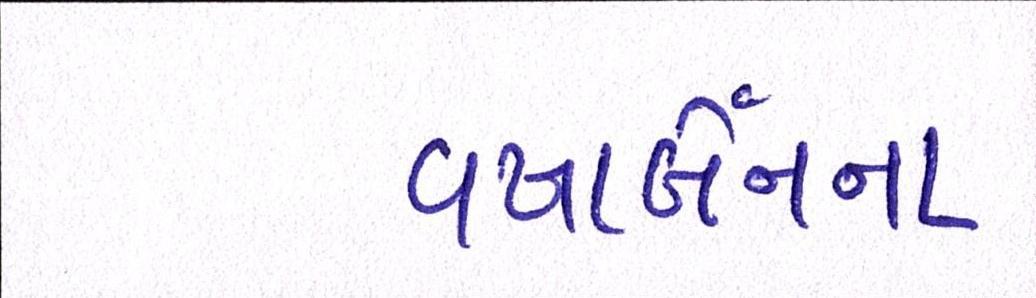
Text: વષાર્બેનના